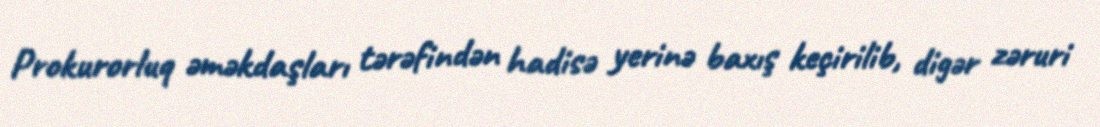
Prokurorluq əməkdaşları tərəfindən hadisə yerinə baxış keçirilib, digər zəruri